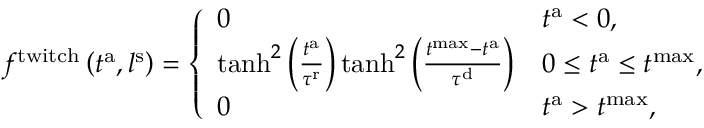
f ^ { \mathrm { t w i t c h } } \left( t ^ { \mathrm { a } } , l ^ { \mathrm { s } } \right) = \left\{ \begin{array} { l l } { 0 } & { t ^ { \mathrm { a } } < 0 , } \\ { \mathrm { t a n h } ^ { 2 } \left( \frac { t ^ { \mathrm { a } } } { \tau ^ { \mathrm { r } } } \right) \mathrm { t a n h } ^ { 2 } \left( \frac { t ^ { \mathrm { m a x } } - t ^ { \mathrm { a } } } { \tau ^ { \mathrm { d } } } \right) } & { 0 \leq t ^ { \mathrm { a } } \leq t ^ { \mathrm { m a x } } , } \\ { 0 } & { t ^ { \mathrm { a } } > t ^ { \mathrm { m a x } } , } \end{array} \right.